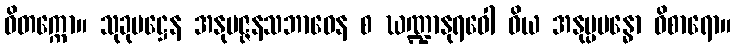
ဝိတက္ကော။ သုခုမဋ္ဌေန အနုမဇ္ဇနသဘာဝေန စ ဃဏ္ဍာနုရဝေါ ဝိယ အနုပ္ပဗန္ဓော ဝိစာရော။